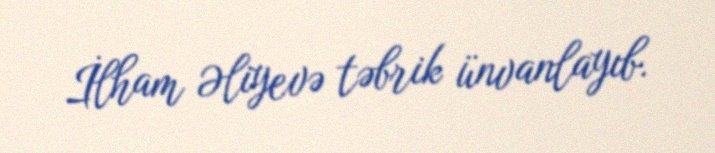
İlham Əliyevə təbrik ünvanlayıb.